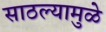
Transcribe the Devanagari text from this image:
साठल्यामुळे